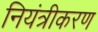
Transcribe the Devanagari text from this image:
नियंत्रीकरण